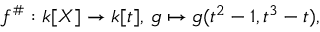
f ^ { \# } : k [ X ] \to k [ t ] , \, g \mapsto g ( t ^ { 2 } - 1 , t ^ { 3 } - t ) ,